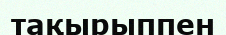
тақырыппен